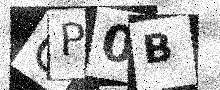
Text: CP0B